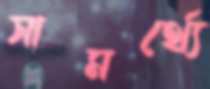
সামর্থ্যে